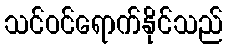
သင်ဝင်ရောက်နိုင်သည်